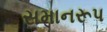
સમાનરૂપ